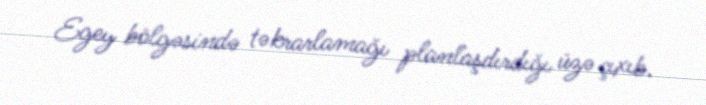
Egey bölgəsində təkrarlamağı planlaşdırdığı üzə çıxıb.